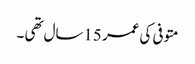
متوفی کی عمر 15سال تھی ۔